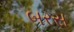
બરસ